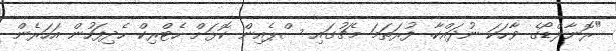
"ރޮނާލްޑޯގެ ވާހަކަ ނުދައްކާ. ފުރަތަމަ މެޗުގައި ސްޕެއިން ކޮޅަށް ހެޓްރިކް ހެދިފަހުން އަހަރެން